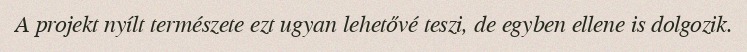
A projekt nyílt természete ezt ugyan lehetővé teszi, de egyben ellene is dolgozik.